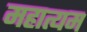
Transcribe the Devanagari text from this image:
महात्यम